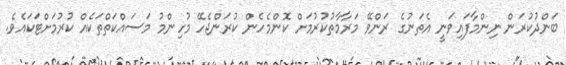
ބަންދުކުރަން ނިންމާފައިވަނީ އެތަނުގެ ރަންވޭ މަރާމާތުކުރުމަށް ކޮންމެހެން ކުރަންޖެހޭ މުހިންމު މަސައްކަތްތަކެއް ކުރުމަށްޓަކައެވެ.